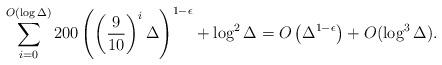
LaTeX: \begin{align*}\sum_{i=0}^{O(\log \Delta)} 200\left(\left(\frac{9}{10}\right)^i \Delta\right)^{1-\epsilon} + \log^2\Delta = O\left(\Delta^{1-\epsilon}\right) + O(\log^3 \Delta).\end{align*}